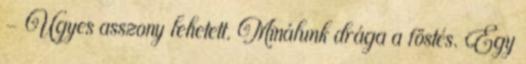
- Ügyes asszony lehetett. Minálunk drága a föstés. Egy